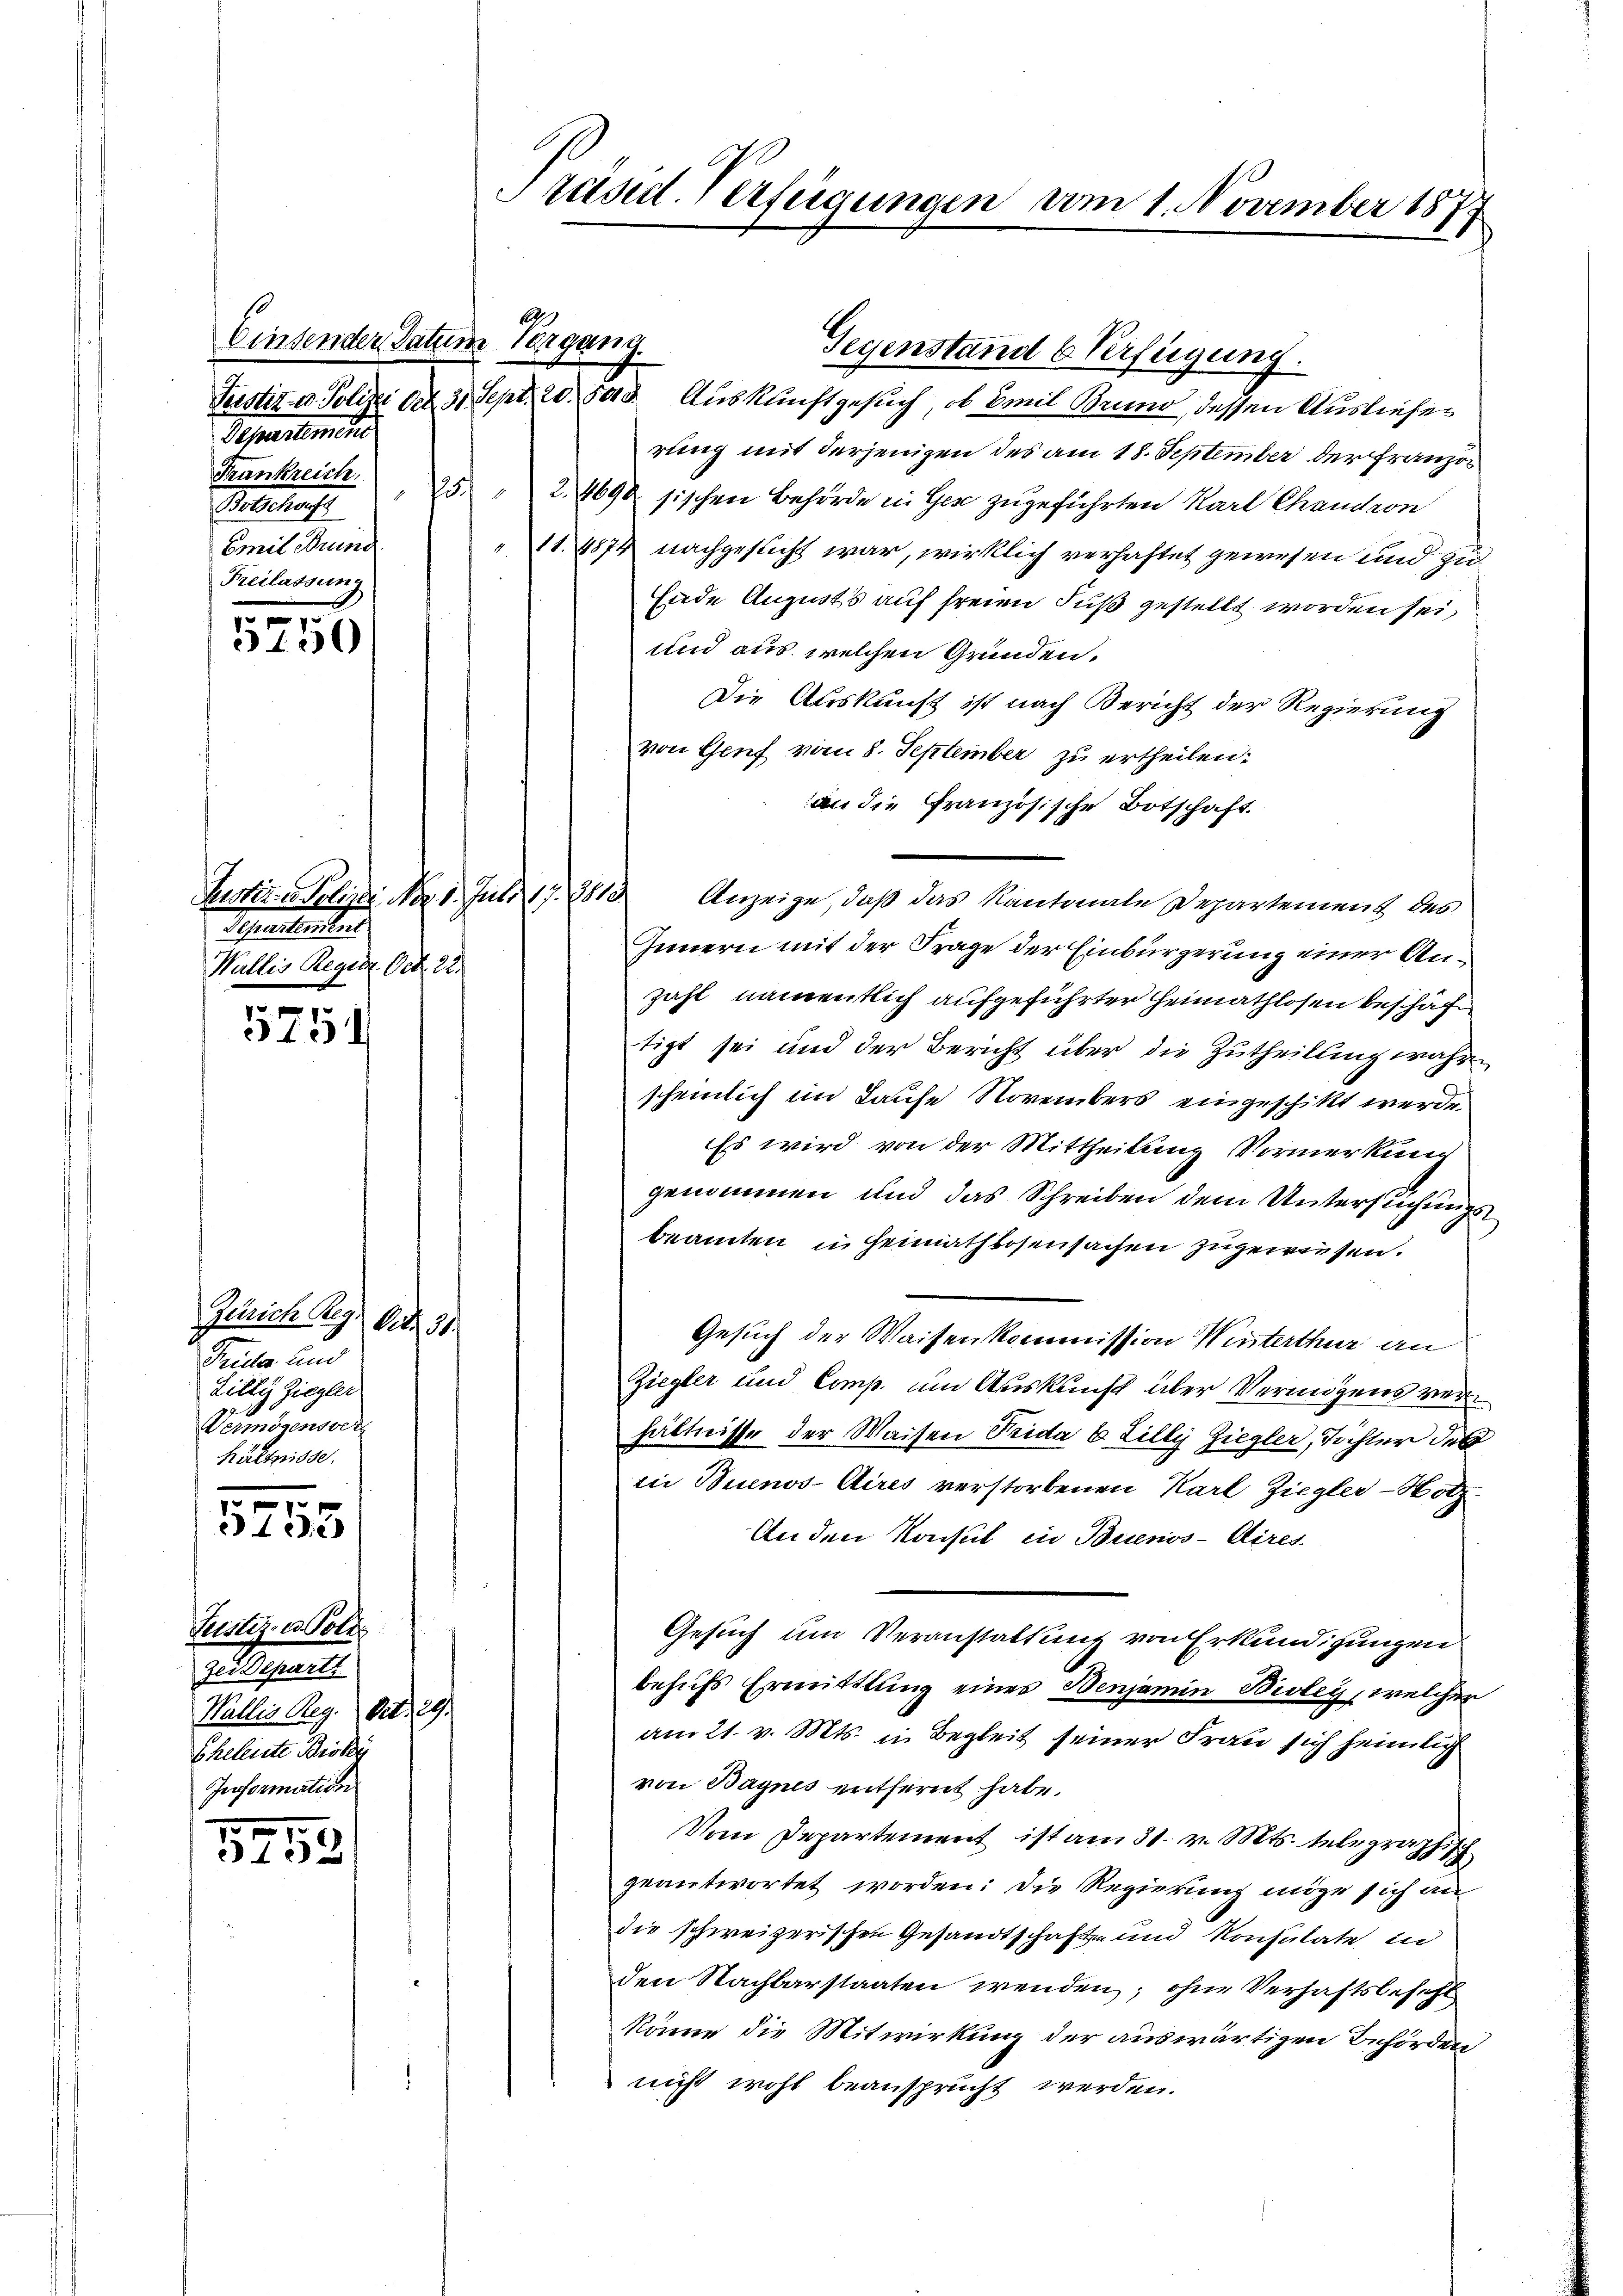
Einsender Satum Vergang.
Separteme
Frankreich
Emil Brund
Freilassung

5750

Suter Relige No. 1. Juli 187. 1910.
Schnetenter
Wallis Regier. Oct. 22.

5754

Zürich A. Ad. 31.
Trila und
Lilly Ziegler
Vermögensver
hältnisse.
5
5153

Justiz- u. Poli
zer Departi
Wallis Reg. Art. 29.
Eheleiste Broky
Information

5753

Präsid. Verfügungen vom 1. November 1877

Terstiz- u. Polizei Art. 31. Sept. 20. 503. Auskunftgesuch, ob Emil Brund, dessen Ausliefer
rung mit derjenigen des am 18. September der Franzon
Botschaus 25 " 24690 sischen Behörde in Gese zugeführten Karl Chaudron
11. 1874 nachgesucht war, wirklich verhaftet gewesen und zu
Ende Augusts auf freien Fuß gestellt worden sei,
und aus welchen Gründen.
Die Auskunft ist nach Bericht der Regierung
von Genf vom 8. September zu ertheilen.
an die Französische Botschaft.
Anzeige, daß das Kantonale Departement des
Innern mit der Frage der Einbürgerung einer Anzahl namentlich aufgeführter Heimathlosen beschäft
tigt sei und der Bericht über die Zutheilung wahr
scheinlich im Laufe Novembers eingeschikt werde.
Es wird von der Mittheilung Vormerkung
genommen und das Schreiben dem Untersuchungsbeamten in Heimathlosensachen zugewiesen.
Gesuch der Waisenkommission Winterthur an
Ziegler und Comp. um Auskunft über Vermögens verhältnisse der Waisen Trida 6 Zilly Ziegler, Töchter des
in Buenos-Aires verstorbenen Karl Ziegler-Hotz
An den Konsul in Buenos-Aires.
Gesuch um Veranstattung von Erkundigungen
behufs Ermittlung eines Benjamin Bioley, welcher
am 21. v. Mts. in Begleit seiner Frau sich heimlich
von Bagnes entfernt habe.
Vom Departement ist am 31. v. Mts. telegraphisch
geantwortet worden: Die Regierung möge sich au
die schweizerischen Gesandtschaft und Konsulate in
den Nachbarstaaten wenden; ohne Verhaftsbefehl
könne die Mitwirkung der auswärtigen Behörden
nicht wohl beansprucht werden.

A

Gegenstand b Verfügung.